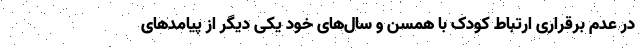
در عدم برقراری ارتباط کودک با همسن و سال‌های خود یکی دیگر از پیامدهای